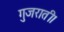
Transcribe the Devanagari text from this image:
गुजराती।